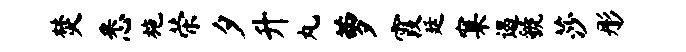
焚悉施荣夕升丸萝霞廷窠遏虢莎彤